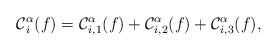
LaTeX: \begin{align*} \mathcal{C}{_i^\alpha}(f)=\mathcal{C}{_{i,1}^\alpha}(f)+\mathcal{C}{_{i,2}^\alpha}(f)+\mathcal{C}{_{i,3}^\alpha}(f),\end{align*}